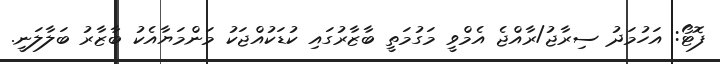
ފޮޓޯ: އަހުމަދު ސިރާޖު/ރާއްޖެ އެމްވީ މަގުމަތީ ބާޒާރުގައި ކުޑަކުއްޖަކު މަންމަޔާއެކު ބާޒާރު ބަލާލަނީ.